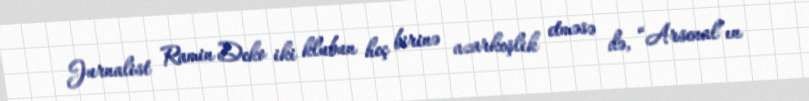
Jurnalist Ramin Deko iki klubun heç birinə azarkeşlik etməsə də, “Arsenal”ın